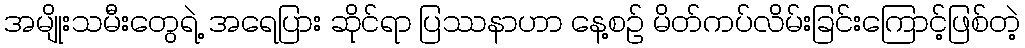
အမျိုးသမီးတွေရဲ့ အရေပြား ဆိုင်ရာ ပြဿနာဟာ နေ့စဉ် မိတ်ကပ်လိမ်းခြင်းကြောင့်ဖြစ်တဲ့